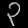
Digit: ၃